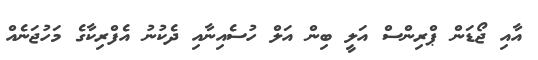
އާއި ޖޯޑަން ޕްރިންސް އަލީ ބިން އަލް ހުސެއިނާއި ދެކުނު އެފްރިކާގެ މަހުޖަނެއް